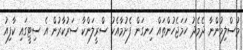
މުސްލިމުންނާ ދެމެދު ހަމަޖެހުންތައް ހިނގަން ފެށުމާއެކު ސްރީލަންކާ ސަރުކާރުން އެ ސިޓީގައި ކާފިއު